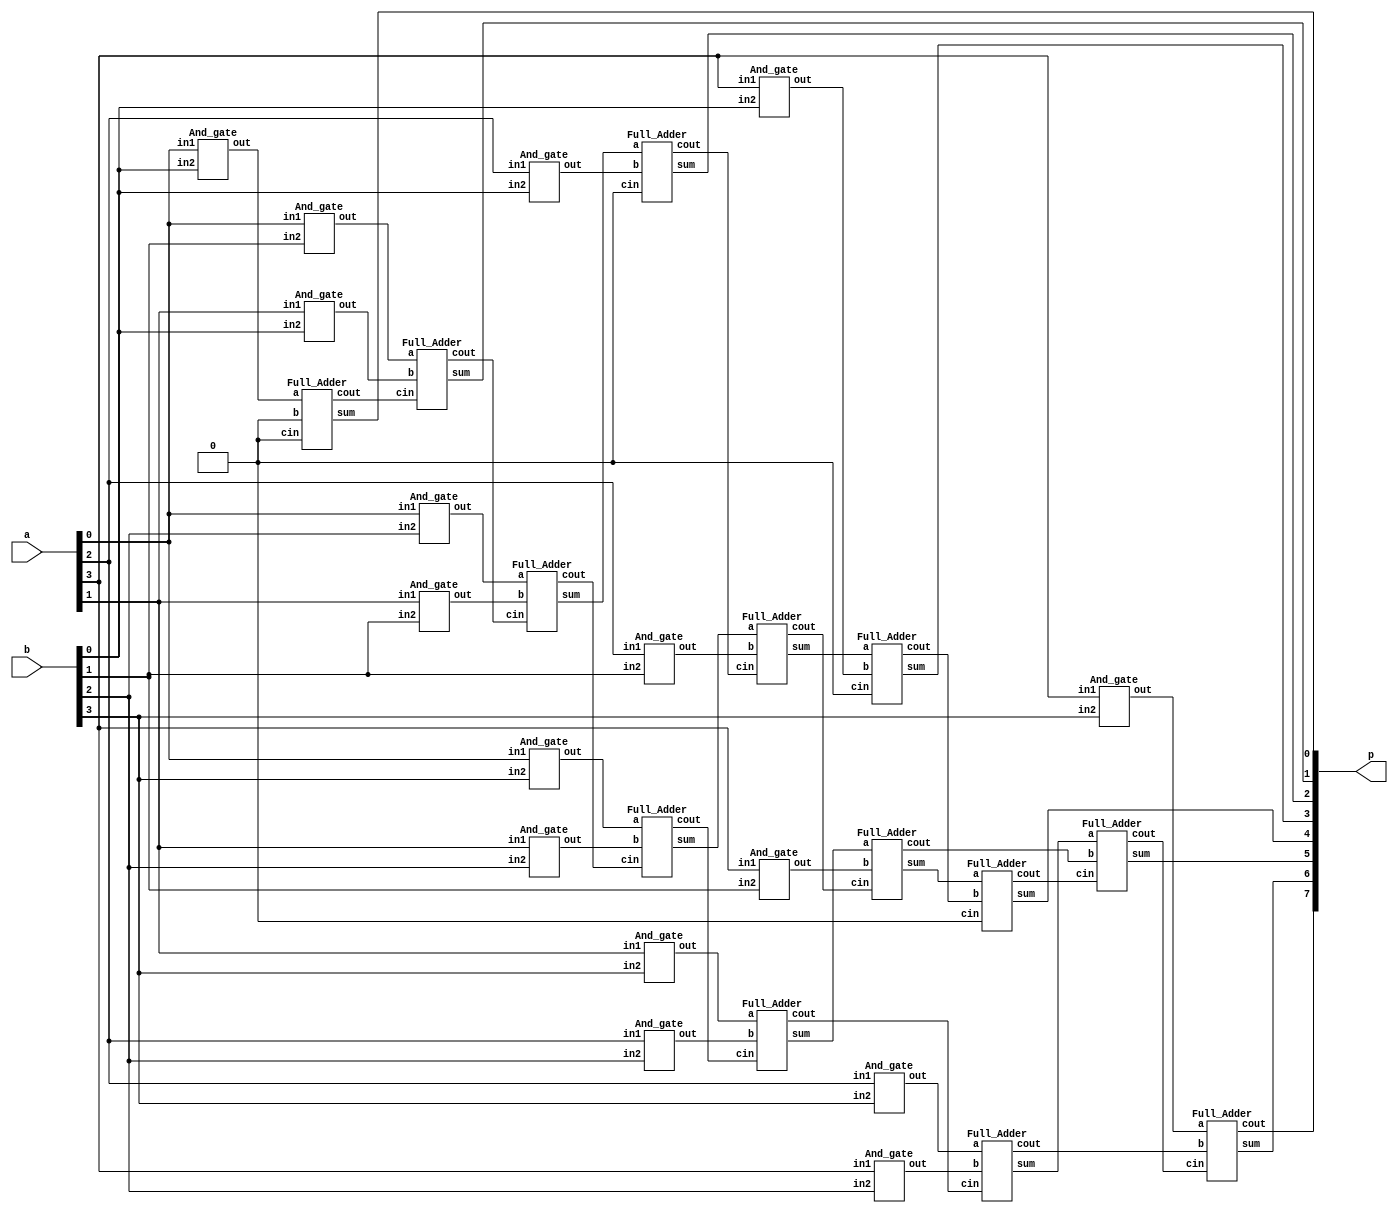
`timescale 1ns/1ps

module Multiplier_4bit(a, b, p);
input [4-1:0] a, b;
output [8-1:0] p;
wire a0b0;//for p0
wire a0b1, a1b0;//for p1
wire a0b2, a1b1, a2b0;//for p2
wire a0b3, a1b2, a2b1, a3b0;//for p3
wire a1b3, a2b2, a3b1;//for p4
wire a2b3, a3b2;//for p5
wire a3b3;//for p6
wire c_0, c_1;
wire [1:0] c_2, c_5;
wire s_2, s_5;
wire [2:0] c_3, c_4;
wire [1:0] s_3, s_4;
And_gate a0(a0b0, a[0], b[0]);
And_gate a1(a0b1, a[0], b[1]);
And_gate a2(a0b2, a[0], b[2]);
And_gate a3(a0b3, a[0], b[3]);

And_gate a4(a1b0, a[1], b[0]);
And_gate a5(a1b1, a[1], b[1]);
And_gate a6(a1b2, a[1], b[2]);
And_gate a7(a1b3, a[1], b[3]);

And_gate a8 (a2b0, a[2], b[0]);
And_gate a9 (a2b1, a[2], b[1]);
And_gate a10(a2b2, a[2], b[2]);
And_gate a11(a2b3, a[2], b[3]);

And_gate a12(a3b0, a[3], b[0]);
And_gate a13(a3b1, a[3], b[1]);
And_gate a14(a3b2, a[3], b[2]);
And_gate a15(a3b3, a[3], b[3]);

//p0
Full_Adder addr0(a0b0, 1'b0, 1'b0, c_0, p[0]);
//p1
Full_Adder addr1(a0b1, a1b0, c_0, c_1, p[1]);
//p2
Full_Adder addr2(a0b2, a1b1, c_1, c_2[0], s_2);
Full_Adder addr3(s_2, a2b0, 1'b0, c_2[1], p[2]);
//p3
Full_Adder addr4(a0b3, a1b2, c_2[0], c_3[0], s_3[0]);
Full_Adder addr5(s_3[0], a2b1, c_2[1], c_3[1], s_3[1]);
Full_Adder addr6(s_3[1], a3b0, 1'b0, c_3[2], p[3]);
//p4 
Full_Adder addr7(a1b3, a2b2, c_3[0], c_4[0], s_4[0]);
Full_Adder addr8(s_4[0], a3b1, c_3[1], c_4[1], s_4[1]);
Full_Adder addr9(s_4[1], c_3[2], 1'b0, c_4[2], p[4]);
//p5
Full_Adder addr10(a2b3, a3b2, c_4[0], c_5[0], s_5);
Full_Adder addr11(s_5, c_4[1], c_4[2], c_5[1], p[5]);
//p6, p7
Full_Adder addr12(a3b3, c_5[0], c_5[1], p[7], p[6]);
endmodule

module Full_Adder (a, b, cin, cout, sum);
input a, b, cin;
output cout, sum;
wire temp;
//sum = a xor b xor cin
Xor_gate o0(temp, a, b);
Xor_gate o1(sum, temp, cin);
//cout = ab + bc + ac
Majority m0(a, b, cin, cout);
endmodule

module Majority(a, b, c, out);
input a, b, c;
output out;
wire a_and_b, b_and_c, a_and_c;
wire ab_or_ac;
And_gate a0(a_and_b, a, b);
And_gate a1(b_and_c, b, c);
And_gate a2(a_and_c, a, c);
Or_gate o0(ab_or_ac, a_and_b, a_and_c);
Or_gate o1(out, ab_or_ac, b_and_c);
endmodule

module Not_gate(out, in);
input in;
output out;
nand n0(out, in, in);
endmodule

module Or_gate(out, in1, in2);
input in1, in2;
output out;
wire n_in1, n_in2;
Not_gate n0(n_in1, in1);
Not_gate n1(n_in2, in2);
nand n2(out, n_in1, n_in2);
endmodule

module And_gate(out, in1, in2);
input in1, in2;
output out;
wire n_in1, n_in2;
wire n_in1_Or_n_in2;
Not_gate n0(n_in1, in1);
Not_gate n1(n_in2, in2);
Or_gate o0(n_in1_Or_n_in2, n_in1, n_in2);
Not_gate n2(out, n_in1_Or_n_in2);
endmodule

module Xor_gate(out, in1, in2);
input in1, in2;
output out;
wire n_in1, n_in2;
wire nin1_in2, in1_nin2;
Not_gate n4(n_in1, in1);
Not_gate n5(n_in2, in2);

And_gate an1(nin1_in2, n_in1, in2);
And_gate an2(in1_nin2, in1, n_in2);
Or_gate o1(out, nin1_in2, in1_nin2);

endmodule